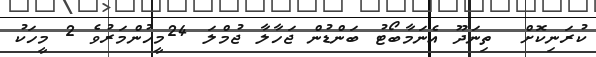
ކުރަނިކޮށް  ތިނަދޫ އެނަމާބޯޓު ބަންޑުން ޖަހާލާ ޖުމްލަ 24މީހުންމަރުވެ 2 މީހަކު